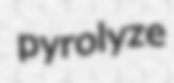
pyrolyze